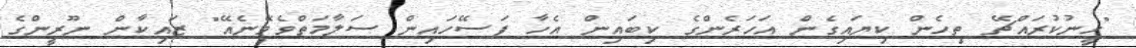
"ހީނުކުރައްޗޭ ތިހެން ކިޔައިގެން އަހަރެންގެ ކިބައިން އެހާ ފަސޭހައިން ސަލާމަތްވެވޭނެއޭ" ޒައިކާން ނޫރީންގެ